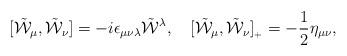
LaTeX: \begin{align*}[\tilde{\cal W}_\mu,\tilde{\cal W}_\nu]=-i\epsilon_{\mu\nu\lambda}\tilde{\cal W}{}^\lambda,\quad[\tilde{\cal W}_\mu,\tilde{\cal W}_\nu]_{{}_+}=-\frac{1}{2}\eta_{\mu\nu},\end{align*}